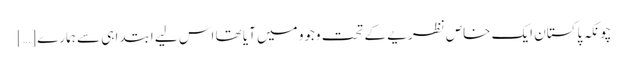
چونکہ پاکستان ایک خاص نظریے کے تحت وجوو میں آیا تھا اس لیے ابتدا ہی سے ہمارے […]